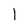
Character: l